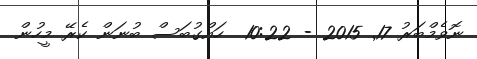
ނޮވެމްބަރު 17